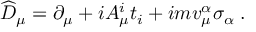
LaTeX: \widehat { D } _ { \mu } = \partial _ { \mu } + i A _ { \mu } ^ { i } t _ { i } + i m v _ { \mu } ^ { \alpha } \sigma _ { \alpha } \; .